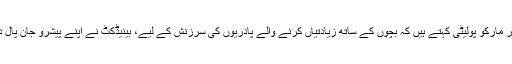
لیکن پاپائیت کے سوانح نگار مارکو پولیٹی کہتے ہیں کہ بچوں کے ساتھ زیادتیاں کرنے والے پادریوں کی سرزنش کے لیے، بینیڈکٹ نے اپنے پیشرو جان پال دوم سے کہیں زیادہ کام کیا ۔